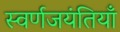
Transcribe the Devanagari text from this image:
स्वर्णजयंतियाँ